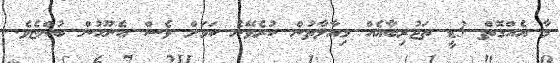
މާ އެއްގޮތް 3ޑީ ތަޖުރިބާއެއް މިއާލާތުން ކުރެވޭނެ ކަމަށް ވެސް އެނޫހުން ބުންޏެވެ.